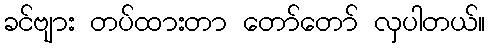
ခင်ဗျား တပ်ထားတာ တော်တော် လှပါတယ်။